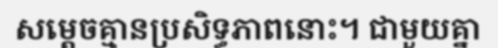
សម្តេចគ្មានប្រសិទ្ធភាពនោះ។ ជាមួយគ្នា